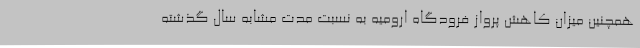
همچنین میزان کاهش پرواز فرودگاه ارومیه به نسبت مدت مشابه سال گذشته